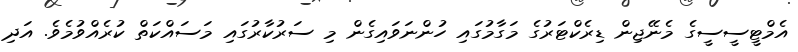
އެމްޓީސީސީގެ މެނޭޖިން ޑިރެކްޓަރުގެ މަގާމުގައި ހުންނަވައިގެން މި ސަރުކާރުގައި މަސައްކަތް ކުރެއްވުމެވެ. އަދި